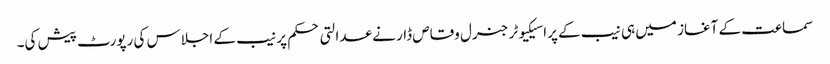
سماعت کے آغاز میں ہی نیب کے پراسیکیوٹر جنرل وقاص ڈار نے عدالتی حکم پر نیب کے اجلاس کی رپورٹ پیش کی۔